Annual administration report of the Civil Veterinary Department, Ajmere-Merwara, British Rajputana - 1914-1940
Year: 1914
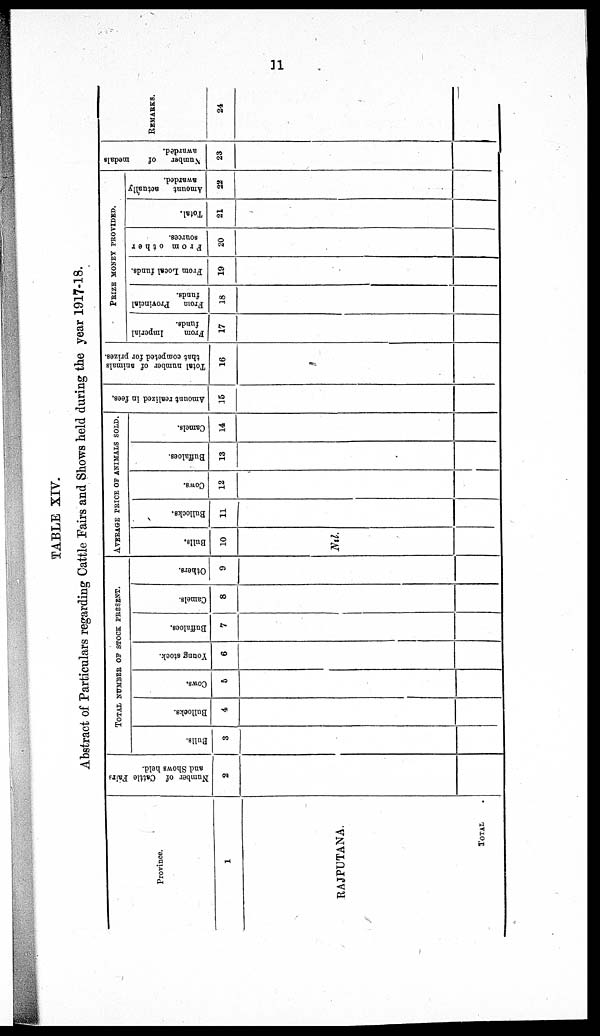
11
TABLE XIV.
Abstract of Particulars regarding Cattle Fairs and Shows held during the year 1917-18.
Province.
1
RAJPUTANA.
TOTAL
Number of Cattle Fairs
and Shows held.
2
TOTAL NUMBER OF STOCK PRESENT.
Bulls.
3
Bullocks.
4
Cows.
5
Young stock.
6
Buffaloes.
7
Camels.
8
Others.
9
AVERAGE PRICE OF ANIMALS SOLD.
Bulls.
10
Nil.
Bullocks.
11
Cows.
12
Buffaloes.
13
Camels.
14
Amount realized in fees.
15
Total number of animals
that competed for prizes.
16
PRIZE MONEY PROVIDED.
From
Imperial
funds.
17
From Provincial
funds.
18
From Local funds.
19
From other
sources.
20
Total.
21
Amount actually
awarded.
22
Number
of
medals
awarded.
23
REMARKS.
24